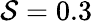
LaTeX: \mathcal{S}=0.3